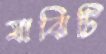
মাঝিটি